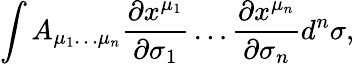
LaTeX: \int A_{\mu_{1}\ldots\mu_{n}}{\frac{\partial x^{\mu_{1}}}{\partial\sigma_{1}}}\ldots{\frac{\partial x^{\mu_{n}}}{\partial\sigma_{n}}}d^{n}\sigma,